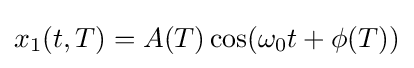
x_{1}(t,T)=A(T)\cos(\omega _{0}t+\phi (T))